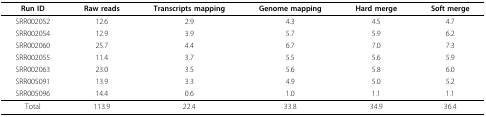
| Run ID | Raw reads | Transcripts mapping | Genome mapping | Hard merge | Soft merge |
 | --- | --- | --- | --- | --- | --- |
 | SRR002052 | 12.6 | 2.9 | 4.3 | 4.5 | 4.7 |
 | SRR002054 | 12.9 | 3.9 | 5.7 | 5.9 | 6.2 |
 | SRR002060 | 25.7 | 4.4 | 6.7 | 7.0 | 7.3 |
 | SRR002055 | 11.4 | 3.7 | 5.5 | 5.6 | 5.9 |
 | SRR002063 | 23.0 | 3.5 | 5.6 | 5.8 | 6.0 |
 | SRR005091 | 13.9 | 3.3 | 4.9 | 5.0 | 5.2 |
 | SRR005096 | 14.4 | 0.6 | 1.0 | 1.1 | 1.1 |
 | Total | 113.9 | 22.4 | 33.8 | 34.9 | 36.4 |